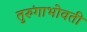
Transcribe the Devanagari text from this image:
तुरुंगाभोवती